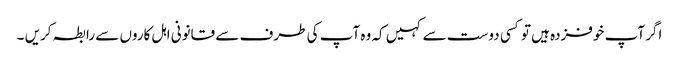
اگر آپ خوفزدہ ہیں تو کسی دوست سے کہیں کہ وہ آپ کی طرف سے قانونی اہل کاروں سے رابطہ کریں ۔